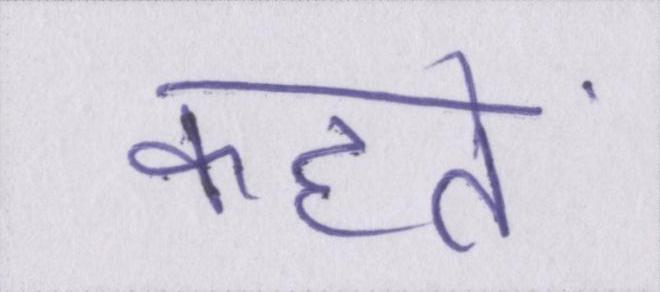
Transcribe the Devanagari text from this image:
कहतें